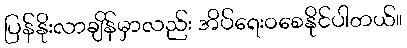
ပြန်နိုးလာချိန်မှာလည်း အိပ်ရေးဝစေနိုင်ပါတယ်။